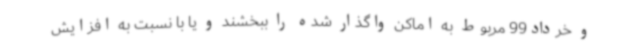
و خرداد99 مربوط به اماکن واگذار شده را ببخشند و یا با نسبت به افزایش